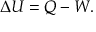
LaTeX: \Delta U = Q - W .